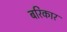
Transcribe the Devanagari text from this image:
बरिकार